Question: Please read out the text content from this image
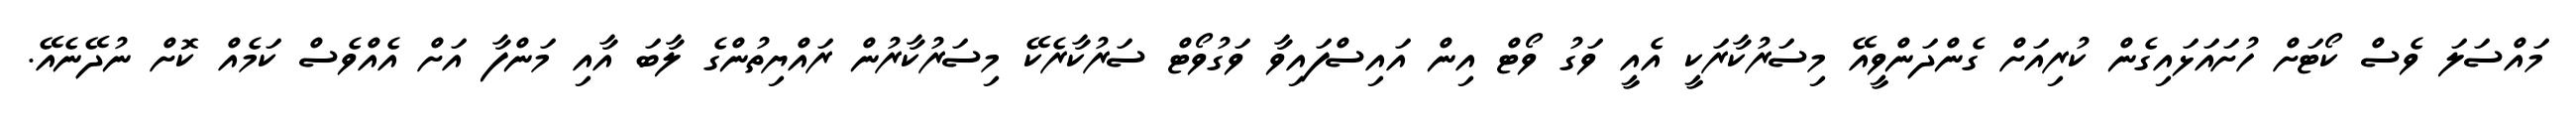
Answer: މައްސަލަ ވެސް ކޯޓަށް ހުށައަޅައިގެން ކުރިއަށް ގެންދަންވީއޭ މިސަރުކާރަކީ އެއީ ވަގު ވޯޓް އިން އައިސްފައިވާ ވަގުވޯޓް ސަރުކާރެކޭ މިސަރުކާރުން ރައްޔިތުންގެ ލާބަ އާއި މަންފާ އަށް އެއްވެސް ކަމެއް ކޮށް ނުދޭނެއޭ.